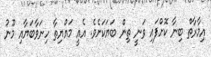
އިމާރާތް ބިނާ ކޮށްފައި ވަނީ ތިން ބަޔަކަށެވެ. އެއީ މައްޔިތާ ހިނަވާބަޔާއި މޫނު